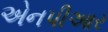
એનપીઆર